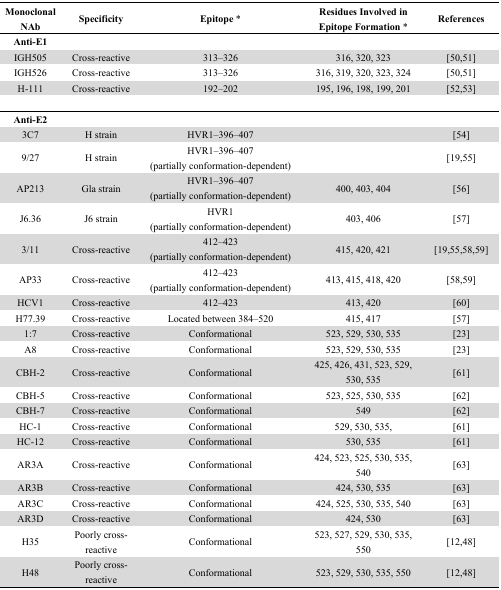
<table><thead><tr><td><b>Monoclonal NAb</b></td><td><b>Specificity</b></td><td><b>Epitope *</b></td><td><b>Residues Involved in Epitope Formation *</b></td><td><b>References</b></td></tr></thead><tbody><tr><td><b>Anti-E1</b></td><td>[EMPTY_CELL]</td><td>[EMPTY_CELL]</td><td>[EMPTY_CELL]</td><td>[EMPTY_CELL]</td></tr><tr><td>IGH505</td><td>Cross-reactive</td><td>313–326</td><td>316, 320, 323</td><td>[50,51]</td></tr><tr><td>IGH526</td><td>Cross-reactive</td><td>313–326</td><td>316, 319, 320, 323, 324</td><td>[50,51]</td></tr><tr><td>H-111</td><td>Cross-reactive</td><td>192–202</td><td>195, 196, 198, 199, 201</td><td>[52,53]</td></tr><tr><td><b>Anti-E2</b></td><td>[EMPTY_CELL]</td><td>[EMPTY_CELL]</td><td>[EMPTY_CELL]</td><td>[EMPTY_CELL]</td></tr><tr><td>3C7</td><td>H strain</td><td>HVR1–396–407</td><td>[EMPTY_CELL]</td><td>[54]</td></tr><tr><td>9/27</td><td>H strain</td><td>HVR1–396–407 (partially conformation-dependent)</td><td>[EMPTY_CELL]</td><td>[19,55]</td></tr><tr><td>AP213</td><td>Gla strain</td><td>HVR1–396–407 (partially conformation-dependent)</td><td>400, 403, 404</td><td>[56]</td></tr><tr><td>J6.36</td><td>J6 strain</td><td>HVR1 (partially conformation-dependent)</td><td>403, 406</td><td>[57]</td></tr><tr><td>3/11</td><td>Cross-reactive</td><td>412–423 (partially conformation-dependent)</td><td>415, 420, 421</td><td>[19,55,58,59]</td></tr><tr><td>AP33</td><td>Cross-reactive</td><td>412–423 (partially conformation-dependent)</td><td>413, 415, 418, 420</td><td>[58,59]</td></tr><tr><td>HCV1</td><td>Cross-reactive</td><td>412–423</td><td>413, 420</td><td>[60]</td></tr><tr><td>H77.39</td><td>Cross-reactive</td><td>Located between 384–520</td><td>415, 417</td><td>[57]</td></tr><tr><td>1:7</td><td>Cross-reactive</td><td>Conformational</td><td>523, 529, 530, 535</td><td>[23]</td></tr><tr><td>A8</td><td>Cross-reactive</td><td>Conformational</td><td>523, 529, 530, 535</td><td>[23]</td></tr><tr><td>CBH-2</td><td>Cross-reactive</td><td>Conformational</td><td>425, 426, 431, 523, 529, 530, 535</td><td>[61]</td></tr><tr><td>CBH-5</td><td>Cross-reactive</td><td>Conformational</td><td>523, 525, 530, 535</td><td>[62]</td></tr><tr><td>CBH-7</td><td>Cross-reactive</td><td>Conformational</td><td>549</td><td>[62]</td></tr><tr><td>HC-1</td><td>Cross-reactive</td><td>Conformational</td><td>529, 530, 535,</td><td>[61]</td></tr><tr><td>HC-12</td><td>Cross-reactive</td><td>Conformational</td><td>530, 535</td><td>[61]</td></tr><tr><td>AR3A</td><td>Cross-reactive</td><td>Conformational</td><td>424, 523, 525, 530, 535, 540</td><td>[63]</td></tr><tr><td>AR3B</td><td>Cross-reactive</td><td>Conformational</td><td>424, 530, 535</td><td>[63]</td></tr><tr><td>AR3C</td><td>Cross-reactive</td><td>Conformational</td><td>424, 525, 530, 535, 540</td><td>[63]</td></tr><tr><td>AR3D</td><td>Cross-reactive</td><td>Conformational</td><td>424, 530</td><td>[63]</td></tr><tr><td>H35</td><td>Poorly cross-reactive</td><td>Conformational</td><td>523, 527, 529, 530, 535, 550</td><td>[12,48]</td></tr><tr><td>H48</td><td>Poorly cross-reactive</td><td>Conformational</td><td>523, 529, 530, 535, 550</td><td>[12,48]</td></tr></tbody></table>